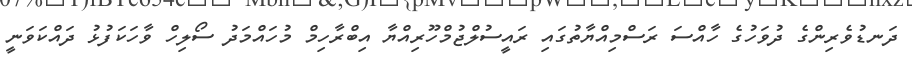
ދަނޑުވެރިންގެ ދުވަހުގެ ހާއްސަ ރަސްމިއްޔާތުގައި ރައީސުލްޖުމްހޫރިއްޔާ އިބްރާހިމް މުހައްމަދު ސޯލިހް ވާހަކަފުޅު ދައްކަވަނީ